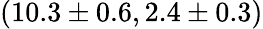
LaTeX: (10.3\pm 0.6,2.4\pm 0.3)